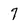
Character: 7